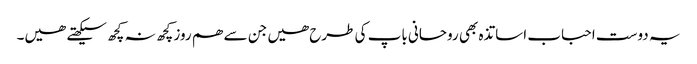
یہ دوست احباب اساتذہ بھی روحانی باپ کی طرح ھیں جن سے ھم روز کچھ نہ کچھ سیکھتے ھیں۔